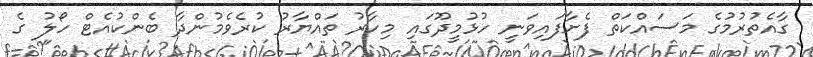
ގާއެތުރުމުގެ މަސައްކަތް ފެށާފައިވަނީ ހުޅުމީދޫގައި މިހާރު ތައްޔާރު ކުރެވެމުންދާ ބެންކުއެޓް ހޯލު ގެ